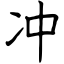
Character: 冲